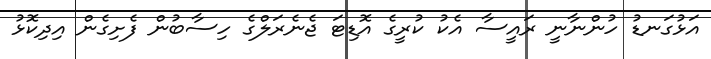
އަޅުގަނޑު ހުންނާނީ ރައީސާ އެކު ކުރީގެ އޮޑިޓަ ޖެނެރަލްގެ ހިސާބުން ފެށިގެން އިދިކޮޅު